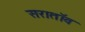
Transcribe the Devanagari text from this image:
सरातॉव